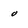
Character: 0